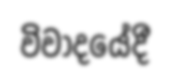
විවාදයේදී